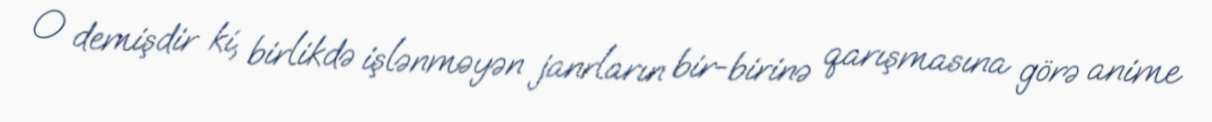
O demişdir ki, birlikdə işlənməyən janrların bir-birinə qarışmasına görə anime